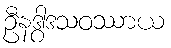
ဦနဒွါဒသဝဿာယ